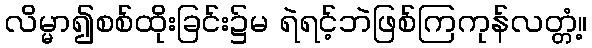
လိမ္မာ၍စစ်ထိုးခြင်း၌မ ရဲရင့်ဘဲဖြစ်ကြကုန်လတ္တံ့။